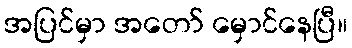
အပြင်မှာ အတော် မှောင်နေပြီ။